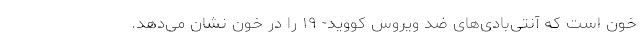
خون است که آنتی‌بادی‌های ضد ویروس کووید- ۱۹ را در خون نشان می‌دهد.